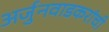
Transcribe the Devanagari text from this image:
अर्जुनवाडकरांची